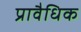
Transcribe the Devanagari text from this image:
प्रावैधिक